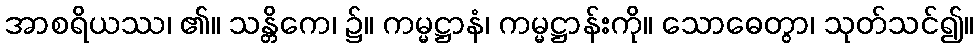
အာစရိယဿ၊ ၏။ သန္တိကေ၊ ၌။ ကမ္မဋ္ဌာနံ၊ ကမ္မဋ္ဌာန်းကို။ သောဓေတွာ၊ သုတ်သင်၍။